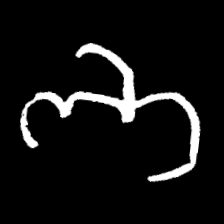
Pyu character \u2014 Myanmar letter: ဘ (romanized: bha)